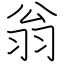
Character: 翁